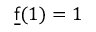
{ \underline { { \mathsf { f } } } } ( 1 ) = 1